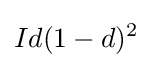
Id(1-d)^{2}